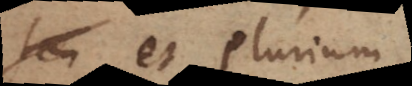
et plurium